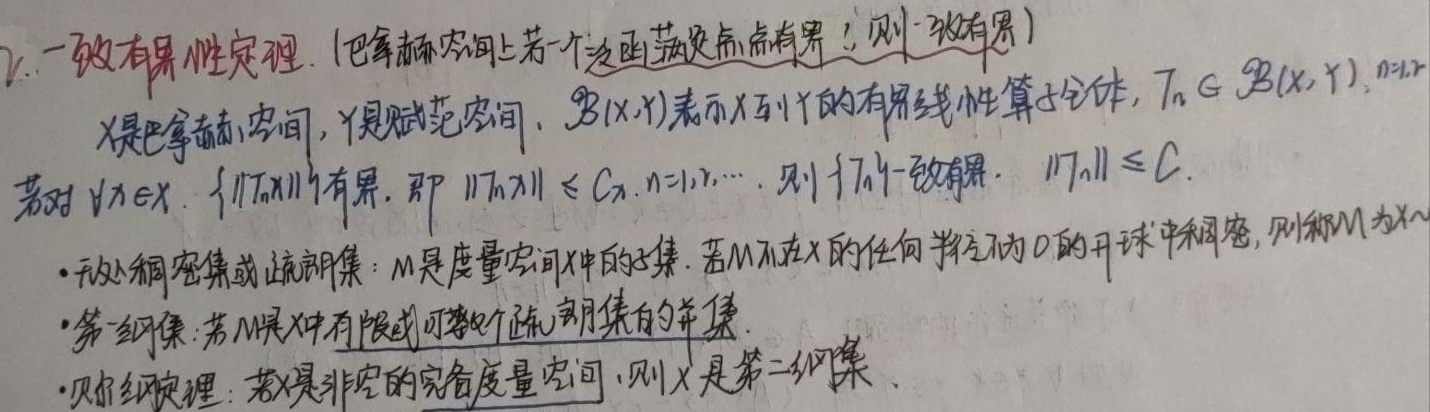
7. 一致有界性定理（巴拿赫空间上若一个泛函族点点有界，则一致有界）：\(X\) 是巴拿赫空间，\(Y\) 是赋范空间，\(\mathcal{B}(X,Y)\) 表示 \(X\) 到 \(Y\) 的有界线性算子全体，\(T_n\in\mathcal{B}(X,Y)\)，\(n = 1,2,\cdots\)。若对 \(\forall x\in X\)，\(\{\|T_nx\|\}\) 有界，即 \(\|T_nx\|\leq C_x\)，\(n = 1,2,\cdots\)，则 \(\{T_n\}\) 一致有界，\(\|T_n\|\leq C\)。

- 无处稠密集或疏朗集：\(M\) 是度量空间 \(X\) 中的子集，若 \(M\) 不在 \(X\) 的任何半径不为 \(0\) 的开球中稠密，则称 \(M\) 为 \(X\) 的无处稠密集或疏朗集。

- 第一纲集：若 \(M\) 是 \(X\) 中有限或可数个疏朗集的并集。

- 贝尔纲定理：若 \(X\) 是非空的完备度量空间，则 \(X\) 是第二纲集。